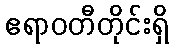
ဧရာဝတီတိုင်းရှိ